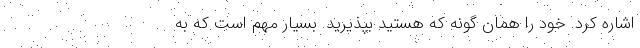
اشاره کرد. خود را همان گونه که هستید بپذیرید. بسیار مهم است که به